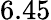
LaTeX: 6.45